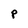
Character: P